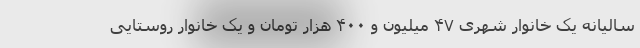
سالیانه یک خانوار شهری ۴۷ میلیون و ۴۰۰ هزار تومان و یک خانوار روستایی